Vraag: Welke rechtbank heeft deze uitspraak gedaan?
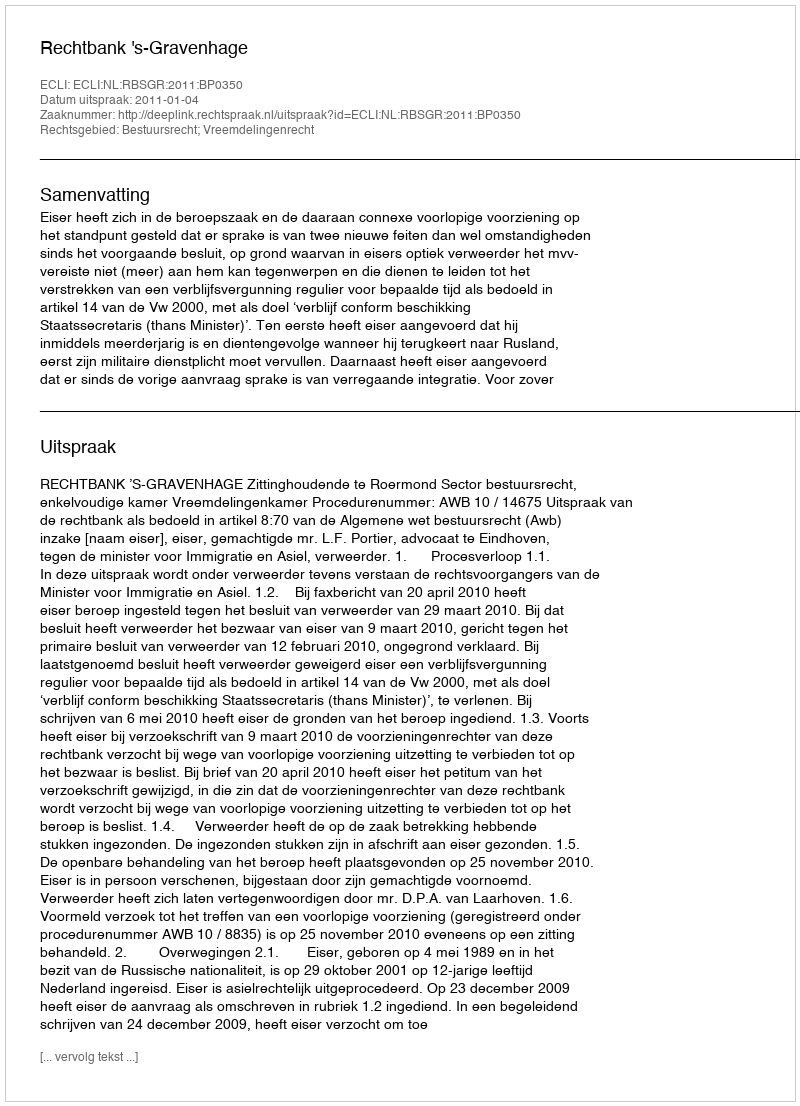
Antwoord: Rechtbank 's-Gravenhage